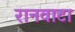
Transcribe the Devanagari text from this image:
रानवाटा